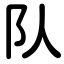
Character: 队